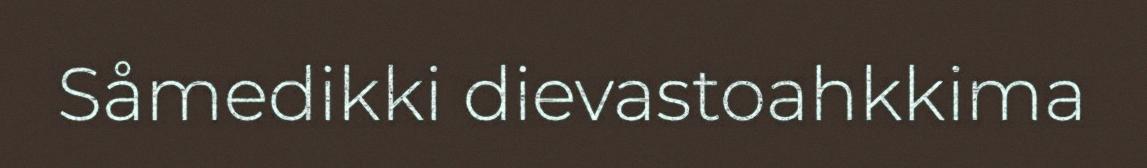
Såmedikki dievastoahkkima